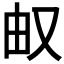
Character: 𰆹